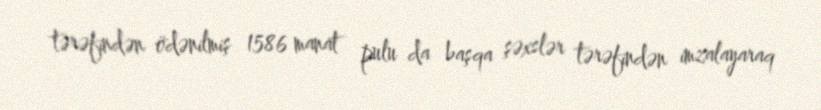
tərəfindən ödənilmiş 1586 manat pulu da başqa şəxslər tərəfindən imzalayaraq